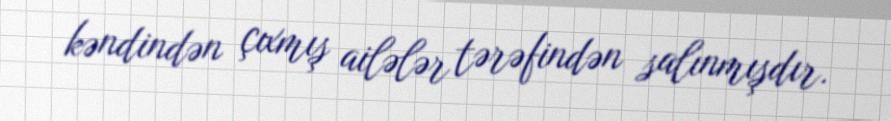
kəndindən çıxmış ailələr tərəfindən salınmışdır.